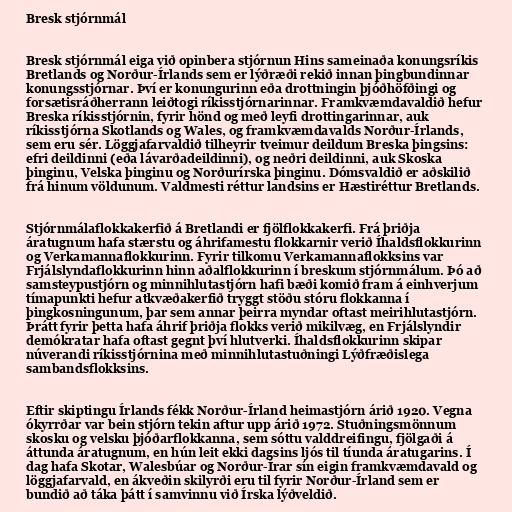
Bresk stjórnmál

Bresk stjórnmál eiga við opinbera stjórnun Hins sameinaða konungsríkis
Bretlands og Norður-Írlands sem er lýðræði rekið innan þingbundinnar
konungsstjórnar. Því er konungurinn eða drottningin þjóðhöfðingi og
forsætisráðherrann leiðtogi ríkisstjórnarinnar. Framkvæmdavaldið hefur
Breska ríkisstjórnin, fyrir hönd og með leyfi drottingarinnar, auk
ríkisstjórna Skotlands og Wales, og framkvæmdavalds Norður-Írlands,
sem eru sér. Löggjafarvaldið tilheyrir tveimur deildum Breska þingsins:
efri deildinni (eða lávarðadeildinni), og neðri deildinni, auk Skoska
þinginu, Velska þinginu og Norðurírska þinginu. Dómsvaldið er aðskilið
frá hinum völdunum. Valdmesti réttur landsins er Hæstiréttur Bretlands.

Stjórnmálaflokkakerfið á Bretlandi er fjölflokkakerfi. Frá þriðja
áratugnum hafa stærstu og áhrifamestu flokkarnir verið Íhaldsflokkurinn
og Verkamannaflokkurinn. Fyrir tilkomu Verkamannaflokksins var
Frjálslyndaflokkurinn hinn aðalflokkurinn í breskum stjórnmálum. Þó að
samsteypustjórn og minnihlutastjórn hafi bæði komið fram á einhverjum
tímapunkti hefur atkvæðakerfið tryggt stöðu stóru flokkanna í
þingkosningunum, þar sem annar þeirra myndar oftast meirihlutastjórn.
Þrátt fyrir þetta hafa áhrif þriðja flokks verið mikilvæg, en Frjálslyndir
demókratar hafa oftast gegnt því hlutverki. Íhaldsflokkurinn skipar
núverandi ríkisstjórnina með minnihlutastuðningi Lýðfræðislega
sambandsflokksins.

Eftir skiptingu Írlands fékk Norður-Írland heimastjórn árið 1920. Vegna
ókyrrðar var bein stjórn tekin aftur upp árið 1972. Stuðningsmönnum
skosku og velsku þjóðarflokkanna, sem sóttu valddreifingu, fjölgaði á
áttunda áratugnum, en hún leit ekki dagsins ljós til tíunda áratugarins. Í
dag hafa Skotar, Walesbúar og Norður-Írar sín eigin framkvæmdavald og
löggjafarvald, en ákveðin skilyrði eru til fyrir Norður-Írland sem er
bundið að táka þátt í samvinnu við Írska lýðveldið.